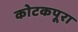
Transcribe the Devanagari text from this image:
कोटकपूरा